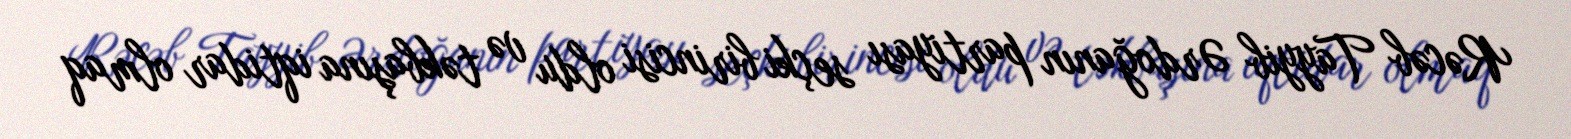
Rəcəb Tayyib Ərdoğanın partiyası seçki birincisi oldu və təkbaşına iqtidar olmaq